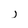
Character: j